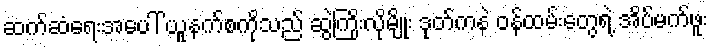
ဆက်ဆံရေးအပေါ် ယူနက်စကိုသည် ဆွဲကြိုးလိုမျိုး ဒုတ်ကနဲ ဝန်ထမ်းတွေရဲ့ အိပ်မက်ဖူး